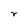
Character: r